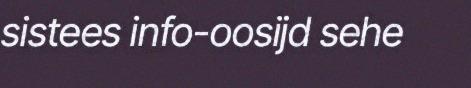
sistees info-oosijd sehe